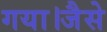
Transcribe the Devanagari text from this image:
गया।जैसे